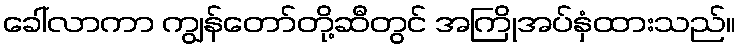
ခေါ်လာကာ ကျွန်တော်တို့ဆီတွင် အကြိုအပ်နှံထားသည်။